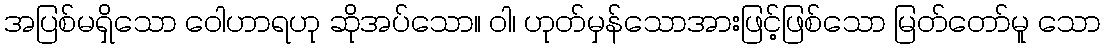
အပြစ်မရှိသော ဝေါဟာရဟု ဆိုအပ်သော။ ဝါ၊ ဟုတ်မှန်သောအားဖြင့်ဖြစ်သော မြတ်တော်မူ သော